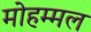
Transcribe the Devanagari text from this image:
मोहम्मल